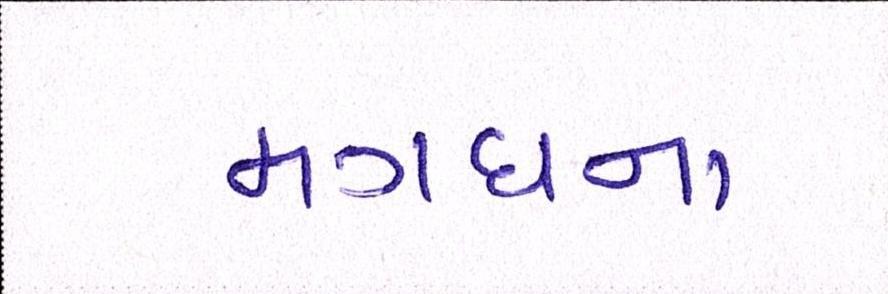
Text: મગધના